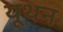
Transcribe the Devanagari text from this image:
यूथन